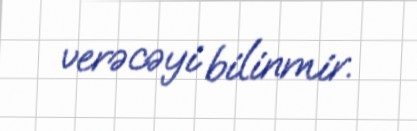
verəcəyi bilinmir.